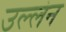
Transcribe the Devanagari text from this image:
उल्लंन